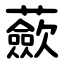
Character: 蘝